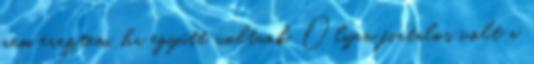
nem éreztem, ha együtt voltunk. Olyan fiatalos volt a